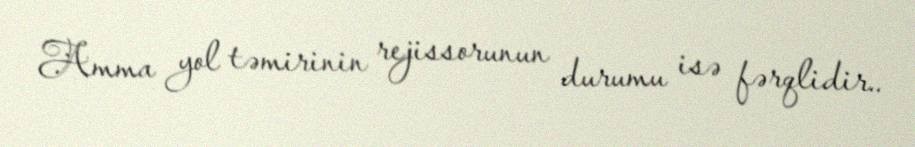
Amma yol təmirinin rejissorunun durumu isə fərqlidir..